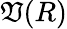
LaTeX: \mathfrak{V}(R)